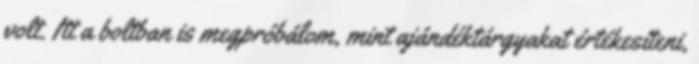
volt. Itt a boltban is megpróbálom, mint ajándéktárgyakat értékesíteni,